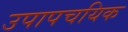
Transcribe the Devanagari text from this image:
उपापचयिक